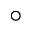
^ { \circ }